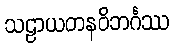
သဠာယတနဝိဘင်္ဂဿ